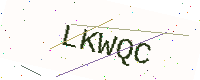
Text: LKWQC